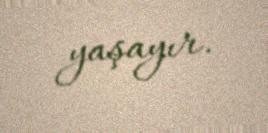
yaşayır.